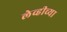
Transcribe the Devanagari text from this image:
लेव्हीच्या